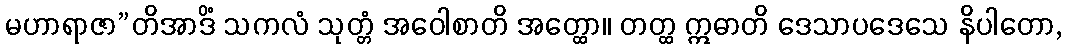
မဟာရာဇာ”တိအာဒိံ သကလံ သုတ္တံ အဝေါစာတိ အတ္ထော။ တတ္ထ ဣဓာတိ ဒေသာပဒေသေ နိပါတော,